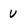
Character: u